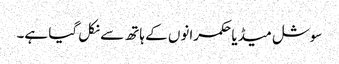
سوشل میڈیا حکمرانوں کے ہاتھ سے نکل گیا ہے۔